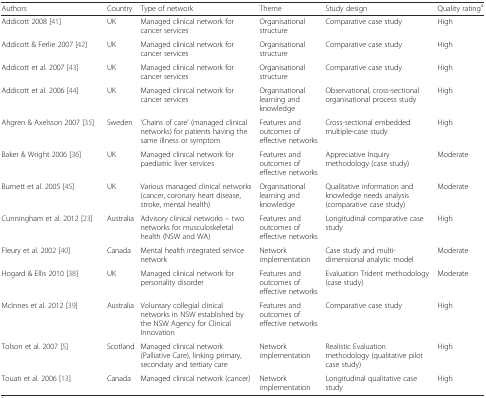
<table><thead><tr><td><b>Authors</b></td><td><b>Country</b></td><td><b>Type of network</b></td><td><b>Theme</b></td><td><b>Study design</b></td><td><b>Quality rating<sup>a</sup></b></td></tr></thead><tbody><tr><td>Addicott 2008 [41]</td><td>UK</td><td>Managed clinical network for cancer services</td><td>Organisational structure</td><td>Comparative case study</td><td>High</td></tr><tr><td>Addicott &amp; Ferlie 2007 [42]</td><td>UK</td><td>Managed clinical network for cancer services</td><td>Organisational structure</td><td>Comparative case study</td><td>High</td></tr><tr><td>Addicott et al. 2007 [43]</td><td>UK</td><td>Managed clinical network for cancer services</td><td>Organisational structure</td><td>Comparative case study</td><td>High</td></tr><tr><td>Addicott et al. 2006 [44]</td><td>UK</td><td>Managed clinical network for cancer services</td><td>Organisational learning and knowledge</td><td>Observational, cross-sectional organisational process study</td><td>High</td></tr><tr><td>Ahgren &amp; Axelsson 2007 [35]</td><td>Sweden</td><td>‘Chains of care’ (managed clinical networks) for patients having the same illness or symptom</td><td>Features and outcomes of effective networks</td><td>Cross-sectional embedded multiple-case study</td><td>High</td></tr><tr><td>Baker &amp; Wright 2006 [36]</td><td>UK</td><td>Managed clinical network for paediatric liver services</td><td>Features and outcomes of effective networks</td><td>Appreciative Inquiry methodology (case study)</td><td>Moderate</td></tr><tr><td>Burnett et al. 2005 [45]</td><td>UK</td><td>Various managed clinical networks (cancer, coronary heart disease, stroke, mental health)</td><td>Organisational learning and knowledge</td><td>Qualitative information and knowledge needs analysis (comparative case study)</td><td>Moderate</td></tr><tr><td>Cunningham et al. 2012 [23]</td><td>Australia</td><td>Advisory clinical networks – two networks for musculoskeletal health (NSW and WA)</td><td>Features and outcomes of effective networks</td><td>Longitudinal comparative case study</td><td>High</td></tr><tr><td>Fleury et al. 2002 [40]</td><td>Canada</td><td>Mental health integrated service network</td><td>Network implementation</td><td>Case study and multi-dimensional analytic model</td><td>Moderate</td></tr><tr><td>Hogard &amp; Ellis 2010 [38]</td><td>UK</td><td>Managed clinical network for personality disorder</td><td>Features and outcomes of effective networks</td><td>Evaluation Trident methodology (case study)</td><td>Moderate</td></tr><tr><td>McInnes et al. 2012 [39]</td><td>Australia</td><td>Voluntary collegial clinical networks in NSW established by the NSW Agency for Clinical Innovation</td><td>Features and outcomes of effective networks</td><td>Comparative case study</td><td>High</td></tr><tr><td>Tolson et al. 2007 [5]</td><td>Scotland</td><td>Managed clinical network (Palliative Care), linking primary, secondary and tertiary care</td><td>Network implementation</td><td>Realistic Evaluation methodology (qualitative pilot case study)</td><td>High</td></tr><tr><td>Touati et al. 2006 [13]</td><td>Canada</td><td>Managed clinical network (cancer)</td><td>Network implementation</td><td>Longitudinal qualitative case study</td><td>High</td></tr></tbody></table>